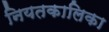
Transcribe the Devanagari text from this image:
नियतकालिका